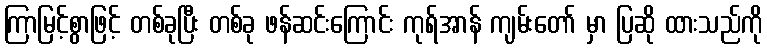
ကြာမြင့်စွာဖြင့် တစ်ခုပြီး တစ်ခု ဖန်ဆင်းကြောင်း ကုရ်အာန် ကျမ်းတော် မှာ ပြဆို ထားသည်ကို